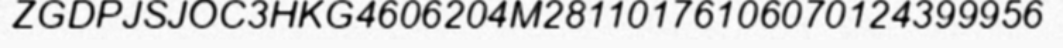
ZGDPJSJOC3HKG4606204M28110176106070124399956